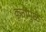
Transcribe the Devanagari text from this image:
कृतींमुळे